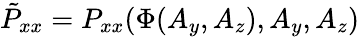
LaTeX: \tilde{P}_{xx}=P_{xx}(\Phi(A_{y},A_{z}),A_{y},A_{z})